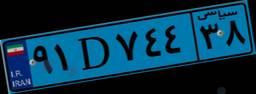
۹۱D۷۴۴۳۸